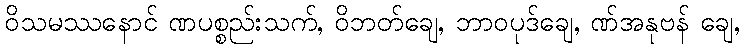
ဝိသမဿနောင် ဏပစ္စည်းသက်, ဝိဘတ်ချေ, ဘာဝပုဒ်ချေ, ဏ်အနုဗန် ချေ,